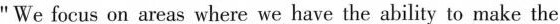
"We focus on areas where we have the ability to make the